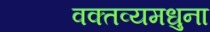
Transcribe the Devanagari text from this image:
वक्तव्यमधुना